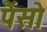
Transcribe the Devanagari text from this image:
पैंसो